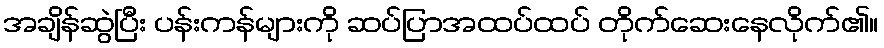
အချိန်ဆွဲပြီး ပန်းကန်များကို ဆပ်ပြာအထပ်ထပ် တိုက်ဆေးနေလိုက်၏။